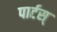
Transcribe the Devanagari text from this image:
पार्टस्